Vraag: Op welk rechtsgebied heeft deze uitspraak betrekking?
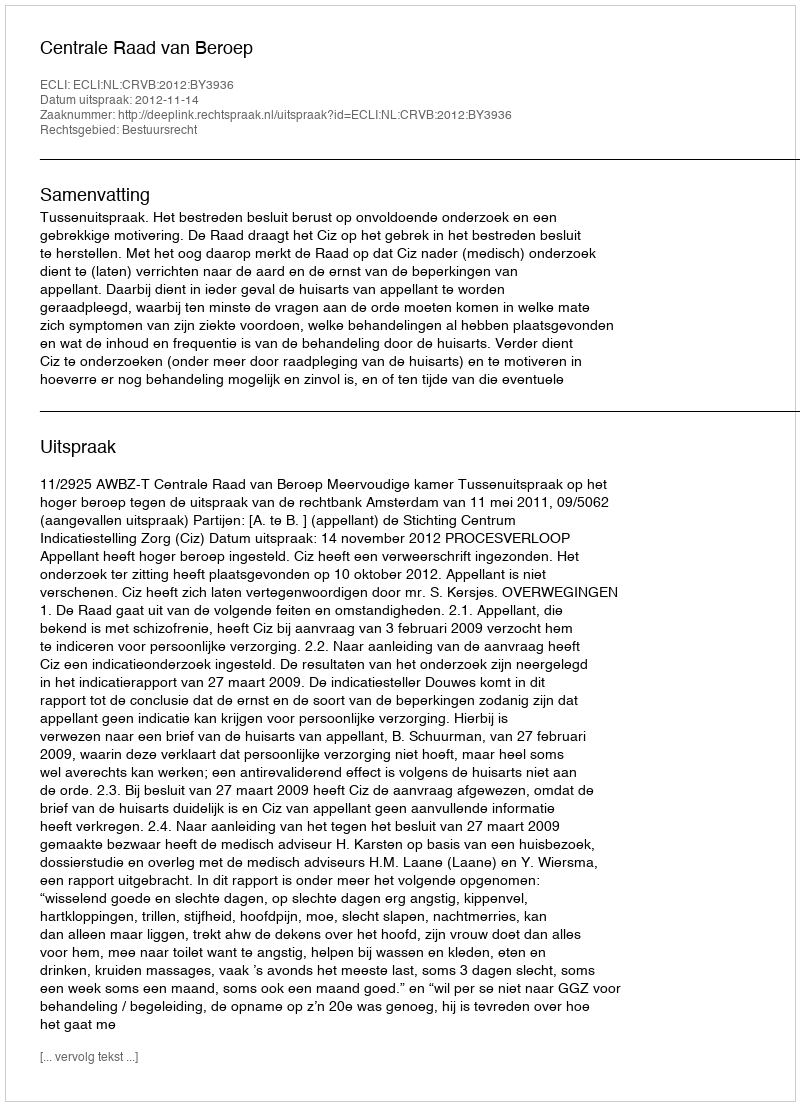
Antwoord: Bestuursrecht